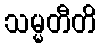
သမ္မတီတိ